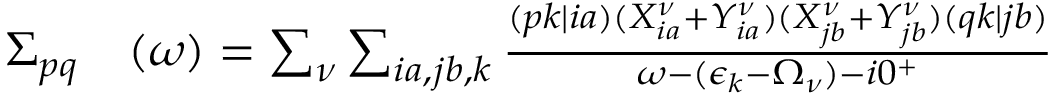
\begin{array} { r l } { \Sigma _ { p q } } & { { } ( \omega ) = \sum _ { \nu } \sum _ { i a , j b , k } \frac { ( p k | i a ) ( X _ { i a } ^ { \nu } + Y _ { i a } ^ { \nu } ) ( X _ { j b } ^ { \nu } + Y _ { j b } ^ { \nu } ) ( q k | j b ) } { \omega - ( \epsilon _ { k } - \Omega _ { \nu } ) - i 0 ^ { + } } } \end{array}